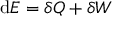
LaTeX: \mathrm { d } E = \delta Q + \delta W